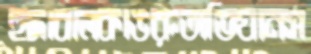
হুদাবালকাঙরুঅভিযানস